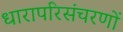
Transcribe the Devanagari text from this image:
धारापरिसंचरणों